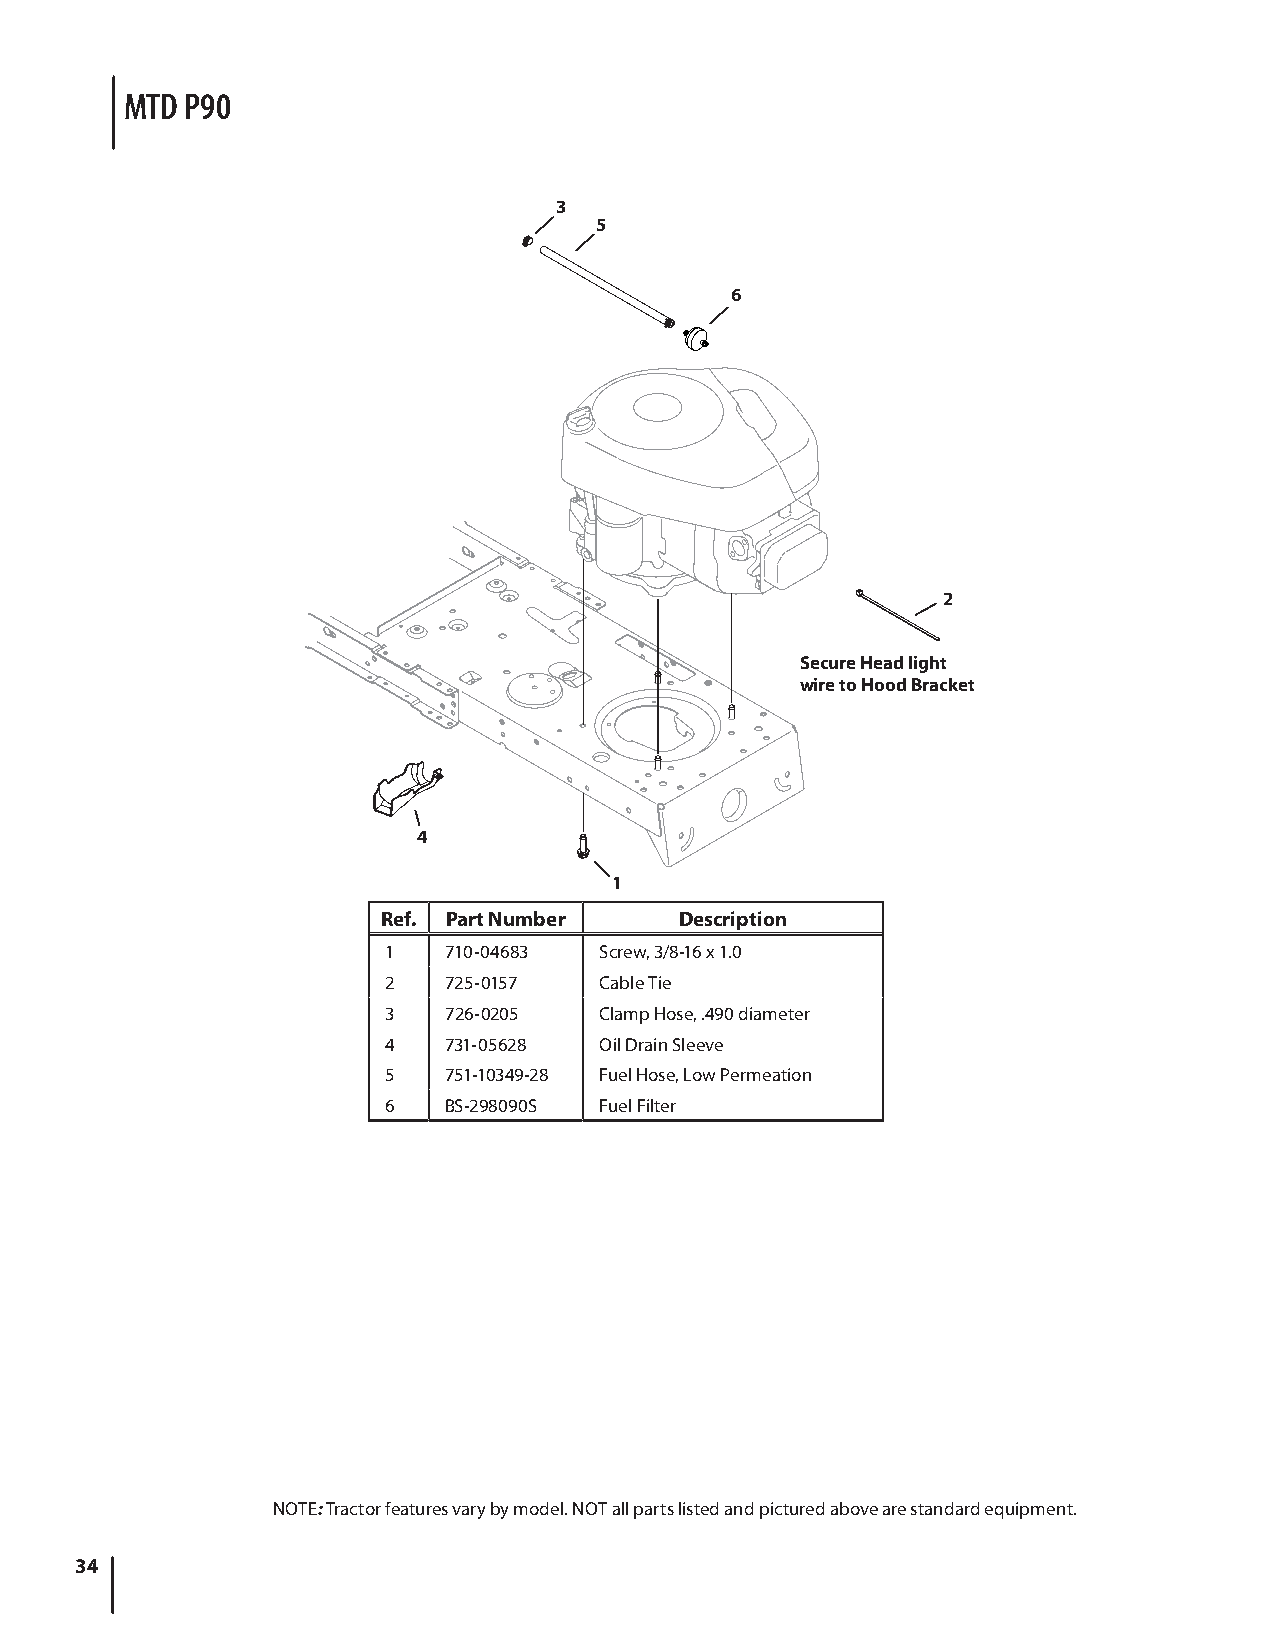
MTD P90
 3
 5
 6
 2
 Secure Head light
 wire to Hood Bracket
 4
 1
 Ref. Part Number    Description
 1  710-04683  Screw, 3/8-16 x 1.0
 2  725-0157   Cable Tie
 3  726-0205   Clamp Hose, .490 diameter
 4  731-05628  Oil Drain Sleeve
 5  751-10349-28 Fuel Hose, Low Permeation
 6  BS-298090S Fuel Filter
 NOTE: Tractor features vary by model. NOT all parts listed and pictured above are standard equipment.
 34